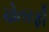
ચોતરફી